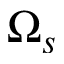
\Omega _ { s }